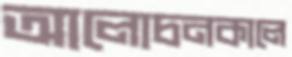
আলোচনকালে